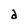
Character: a